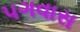
પગવાસ